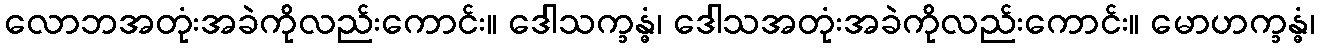
လောဘအတုံးအခဲကိုလည်းကောင်း။ ဒေါသက္ခန္ဓံ၊ ဒေါသအတုံးအခဲကိုလည်းကောင်း။ မောဟက္ခန္ဓံ၊